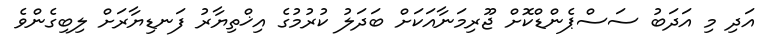
އަދި މި އަދަބު ސަސްޕެންޑްކޮށް ޖޫރިމަނާއަކަށް ބަދަލު ކުރުމުގެ އިޚްތިޔާރު ފަނޑިޔާރަށް ލިބިގެންވެ